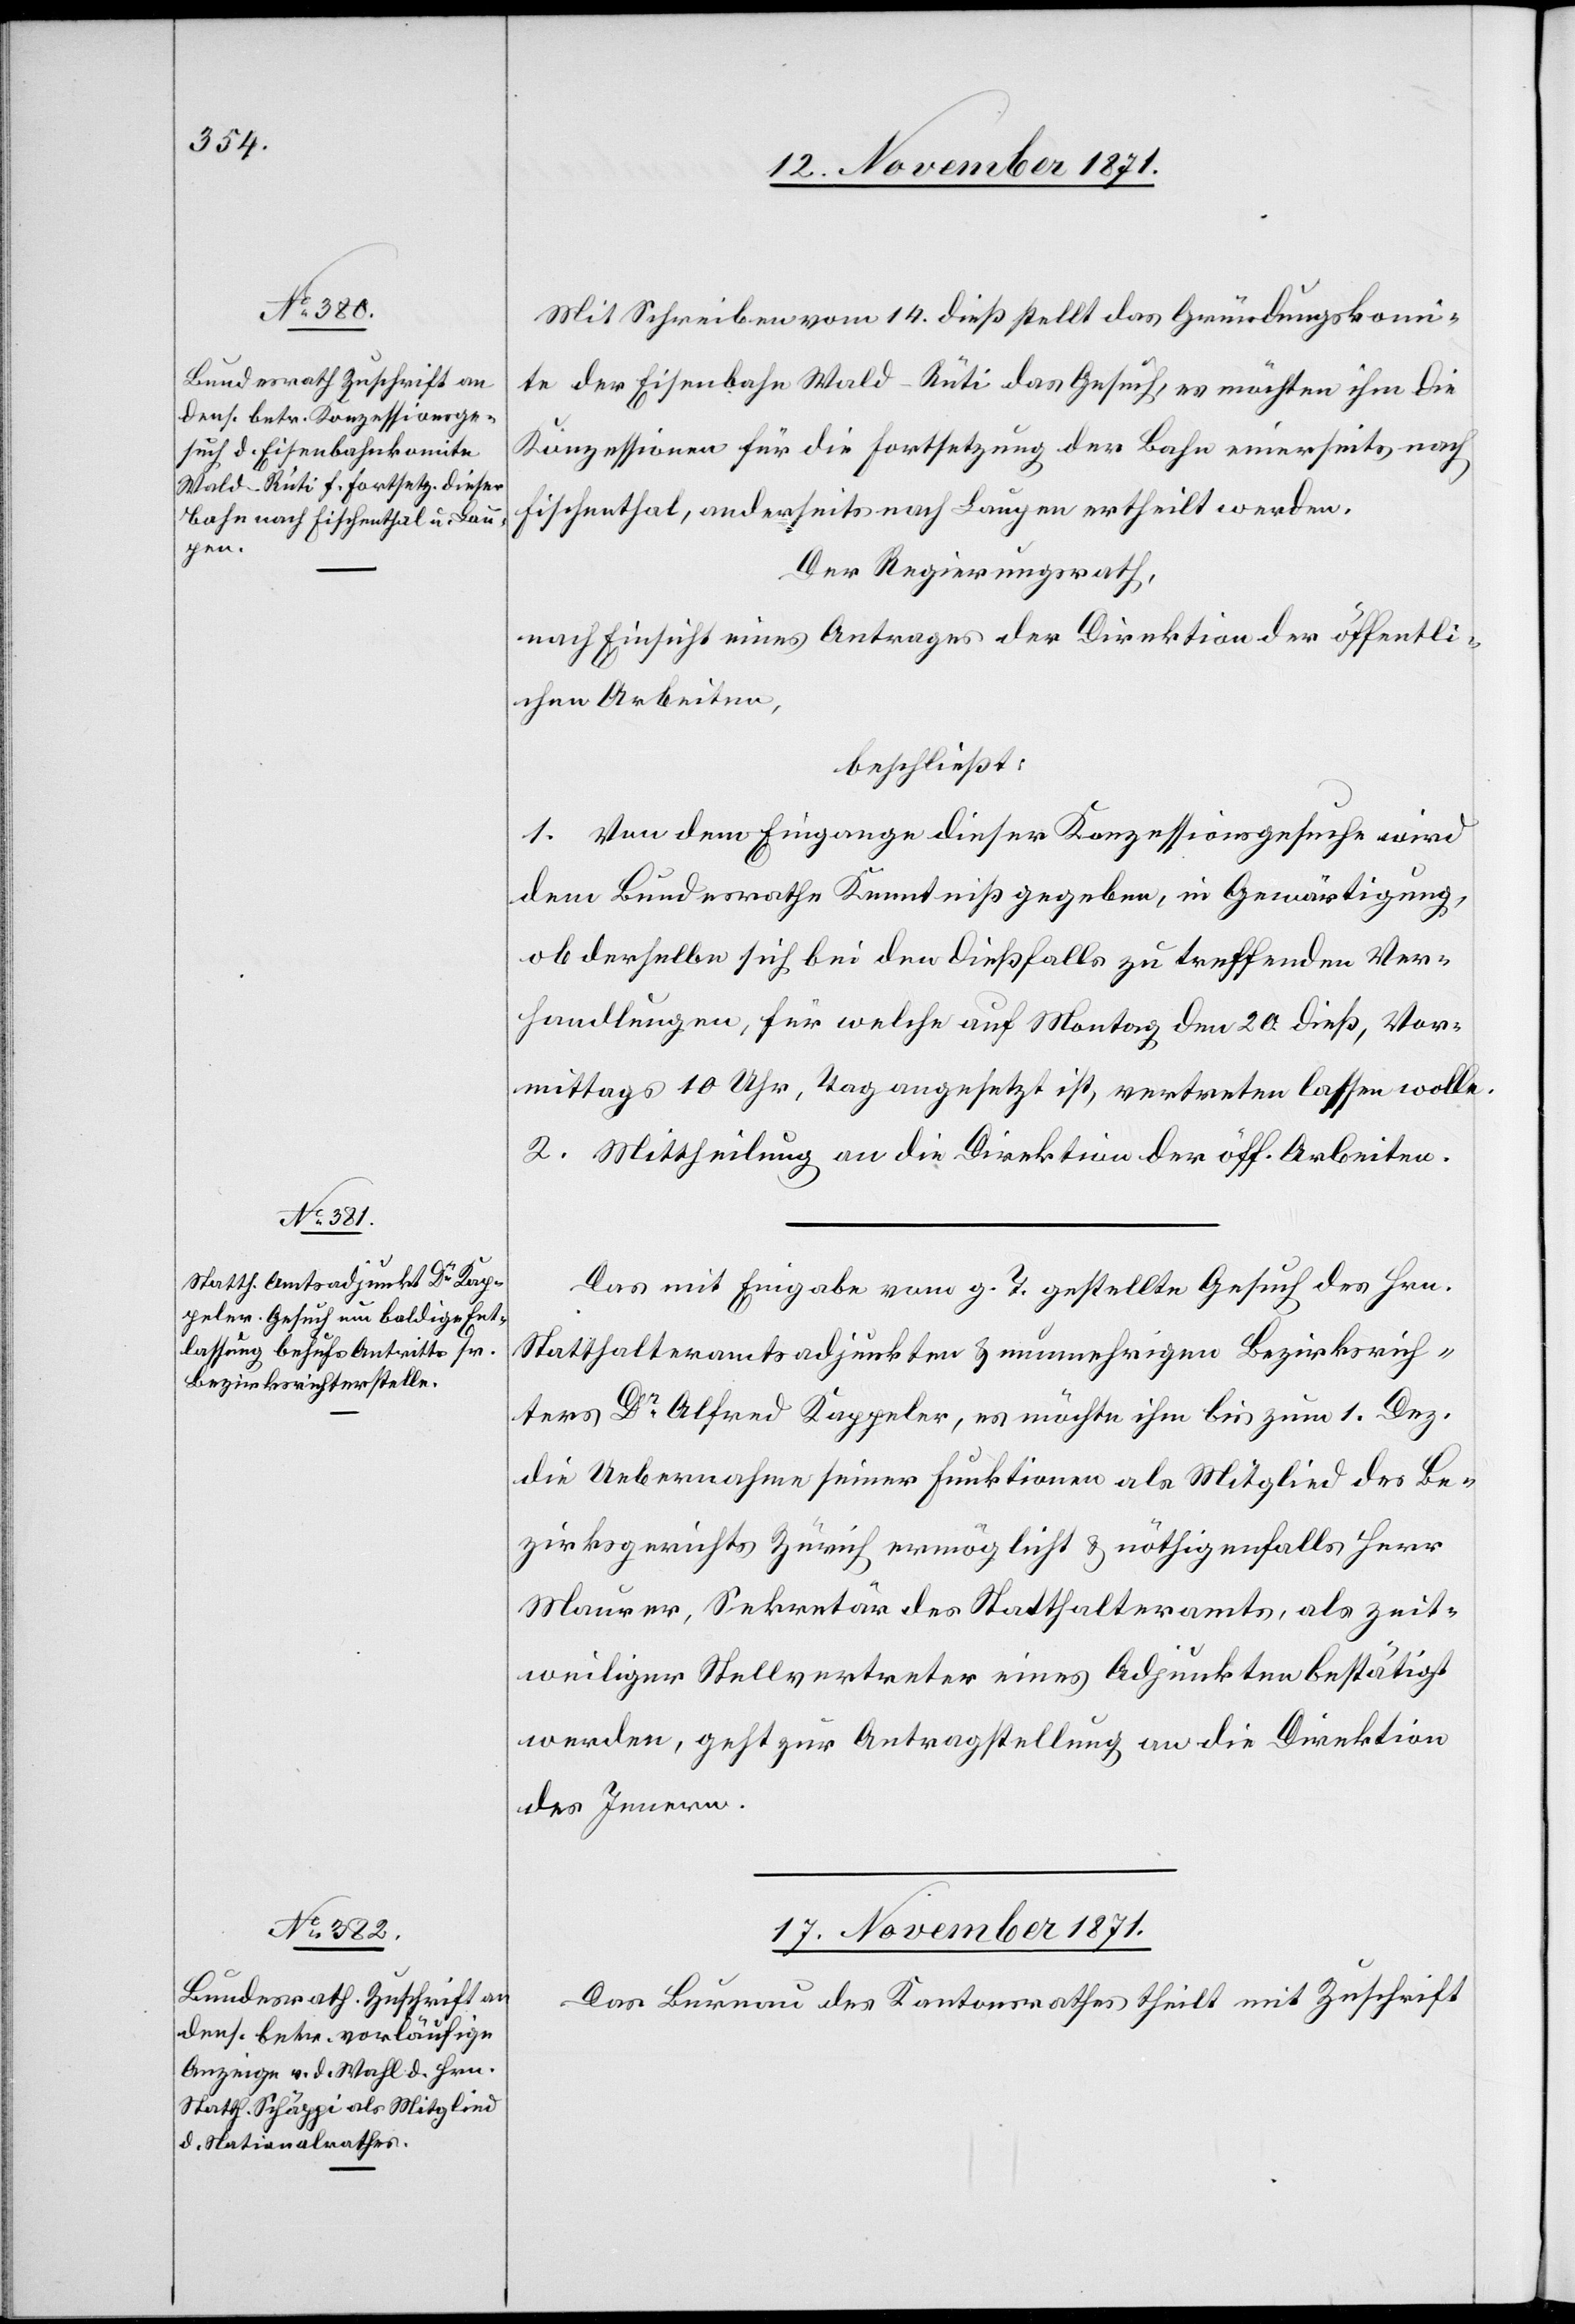
17. November 1871.
Mit Schreiben vom 14. dieß stellt das Gründungskomi¬
te der Eisenbahn Wald–Rüti das Gesuch, es möchten ihm die
Konzessionen für die Fortsetzung der Bahn einerseits nach
Fischenthal, anderseits nach Laupen ertheilt werden.
Der Regierungsrath,
nach Einsicht eines Antrages der Direktion der öffentli¬
chen Arbeiten,
beschließt:
1. Von dem Eingange dieser Konzessionsgesuche wird
dem Bundesrathe Kenntniß gegeben, in Gewärtigung,
ob derselbe sich bei den dießfalls zu treffenden Ver¬
handlungen, für welche auf Montag den 20. dieß, Vor¬
mittags 10 Uhr, Tag angesetzt ist, vertreten lassen wolle.
2. Mittheilung an die Direktion der öff. Arbeiten.
Das mit Eingabe vom g. T. gestellte Gesuch des Hrn.
Statthalteramtsadjunkten & nunmehrigen Bezirksrich¬
ters Dr. Alfred Kappeler, es möchte ihm bis zum 1. Dez.
die Uebernahme seiner Funktionen als Mitglied des Be¬
zirksgerichts Zürich ermöglicht & nöthigenfalls Herr
Maurer, Sekretär des Statthalteramts, als zeit¬
weiliger Stellvertreter eines Adjunkten bestätigt
werden, geht zur Antragstellung an die Direktion
des Innern.
Das Bureau des Kantonsrathes theilt mit Zuschrift